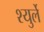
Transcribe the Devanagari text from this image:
श्युर्ले